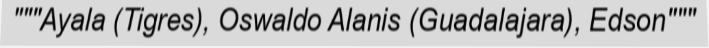
"""Ayala (Tigres), Oswaldo Alanis (Guadalajara), Edson"""